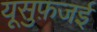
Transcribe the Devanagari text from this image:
यूसुफ़जई